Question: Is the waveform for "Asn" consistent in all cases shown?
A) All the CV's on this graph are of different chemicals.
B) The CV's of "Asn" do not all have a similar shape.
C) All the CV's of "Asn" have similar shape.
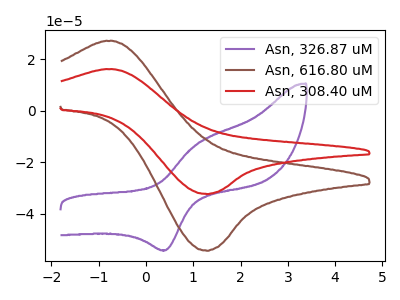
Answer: <think>The purple curve "Asn, 326.87 uM" has an anodic peak at (1.10V, -13.00uA) and a cathodic peak at (0.40V, -54.25uA). The brown curve "Asn, 616.80 uM" has an anodic peak at (-0.70V, 27.05uA) and a cathodic peak at (1.30V, -54.45uA). The red curve "Asn, 308.40 uM" has an anodic peak at (-0.70V, 16.10uA) and a cathodic peak at (1.30V, -32.40uA).
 "Asn, 326.87 uM" and "Asn, 616.80 uM" have at least one peak that do not match. "Asn, 326.87 uM" and "Asn, 308.40 uM" have at least one peak that do not match. All the peaks in "Asn, 616.80 uM" have a peak in "Asn, 308.40 uM" at the same potential. Every peak in "Asn, 616.80 uM" is higher than every peak in "Asn, 308.40 uM".</think>
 <answer>C) All the CV's of "Asn" have similar shape.</answer>
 <eval>C</eval>